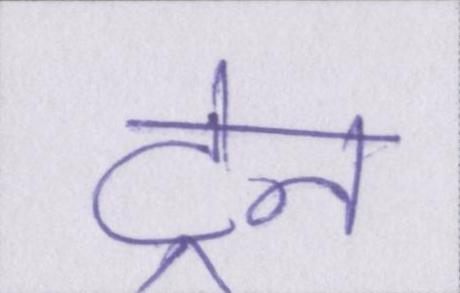
ट्रेन